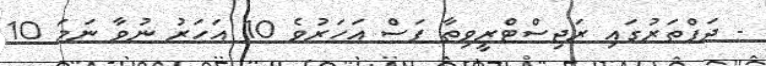
- ދަފްތަރުގައި ރަޖިސްޓްރީވިތާ ފަސް އަހަރުވެ 10 އަހަރު ނުވާ ނަމަ 10